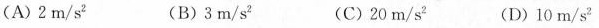
(A)2m/s^{2} (B)3m/s^{2} (C)20m/s^{2} (D)10m/s^{2}